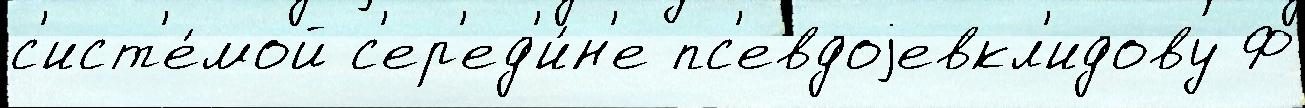
с'ист'е́мой с'ер'ед'и́н'е пс'евдоjевкл'идову Ф